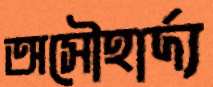
অসৌহার্দ্য